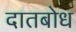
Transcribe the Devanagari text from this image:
दातबोध